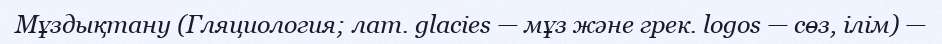
Мұздықтану (Гляциология; лат. glacies — мұз және грек. logos — сөз, ілім) —